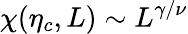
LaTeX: \chi(\eta_{c},L)\sim L^{\gamma/\nu}